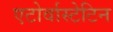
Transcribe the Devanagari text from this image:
एटोर्वास्टेटिन